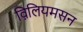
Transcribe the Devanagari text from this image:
व़िलियमसन